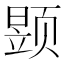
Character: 𮸶